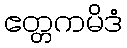
ဧတ္တကမိဒံ